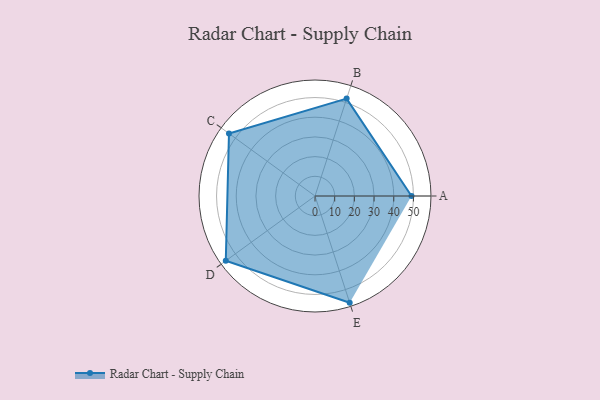
{"axis": {"x": "Skill", "y": "Score"}, "legend": ["Profile"], "data": [{"x": "A", "y": 49.0, "type": "Profile"}, {"x": "B", "y": 52.0, "type": "Profile"}, {"x": "C", "y": 54.0, "type": "Profile"}, {"x": "D", "y": 56.0, "type": "Profile"}, {"x": "E", "y": 57.0, "type": "Profile"}]}